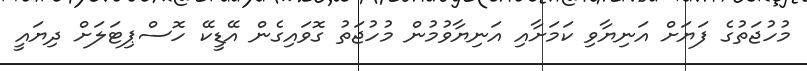
މުހުޖަތުގެ ފަޔަށް އަނިޔާވި ކަމަށާއި އަނިޔާވުމުން މުހުޖަތު ގޮވައިގެން އޭޑީކޭ ހޮސްޕިޓަލަށް ދިޔައީ